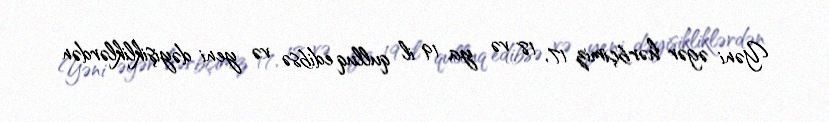
Yəni əgər hərbçimiz 17, 18 və ya 19 il qulluq edibsə və yeni dəyişikliklərdən